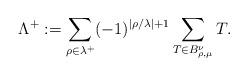
LaTeX: \begin{align*}\Lambda^+ := \sum_{\rho\in \lambda^+} (-1)^{|\rho/\lambda|+1} \sum_{T \in B_{\rho, \mu}^\nu} T.\end{align*}